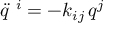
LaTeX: \ddot { q } ^ { \ i } = - k _ { i j } \, q ^ { j }